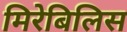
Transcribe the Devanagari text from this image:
मिरेबिलिस